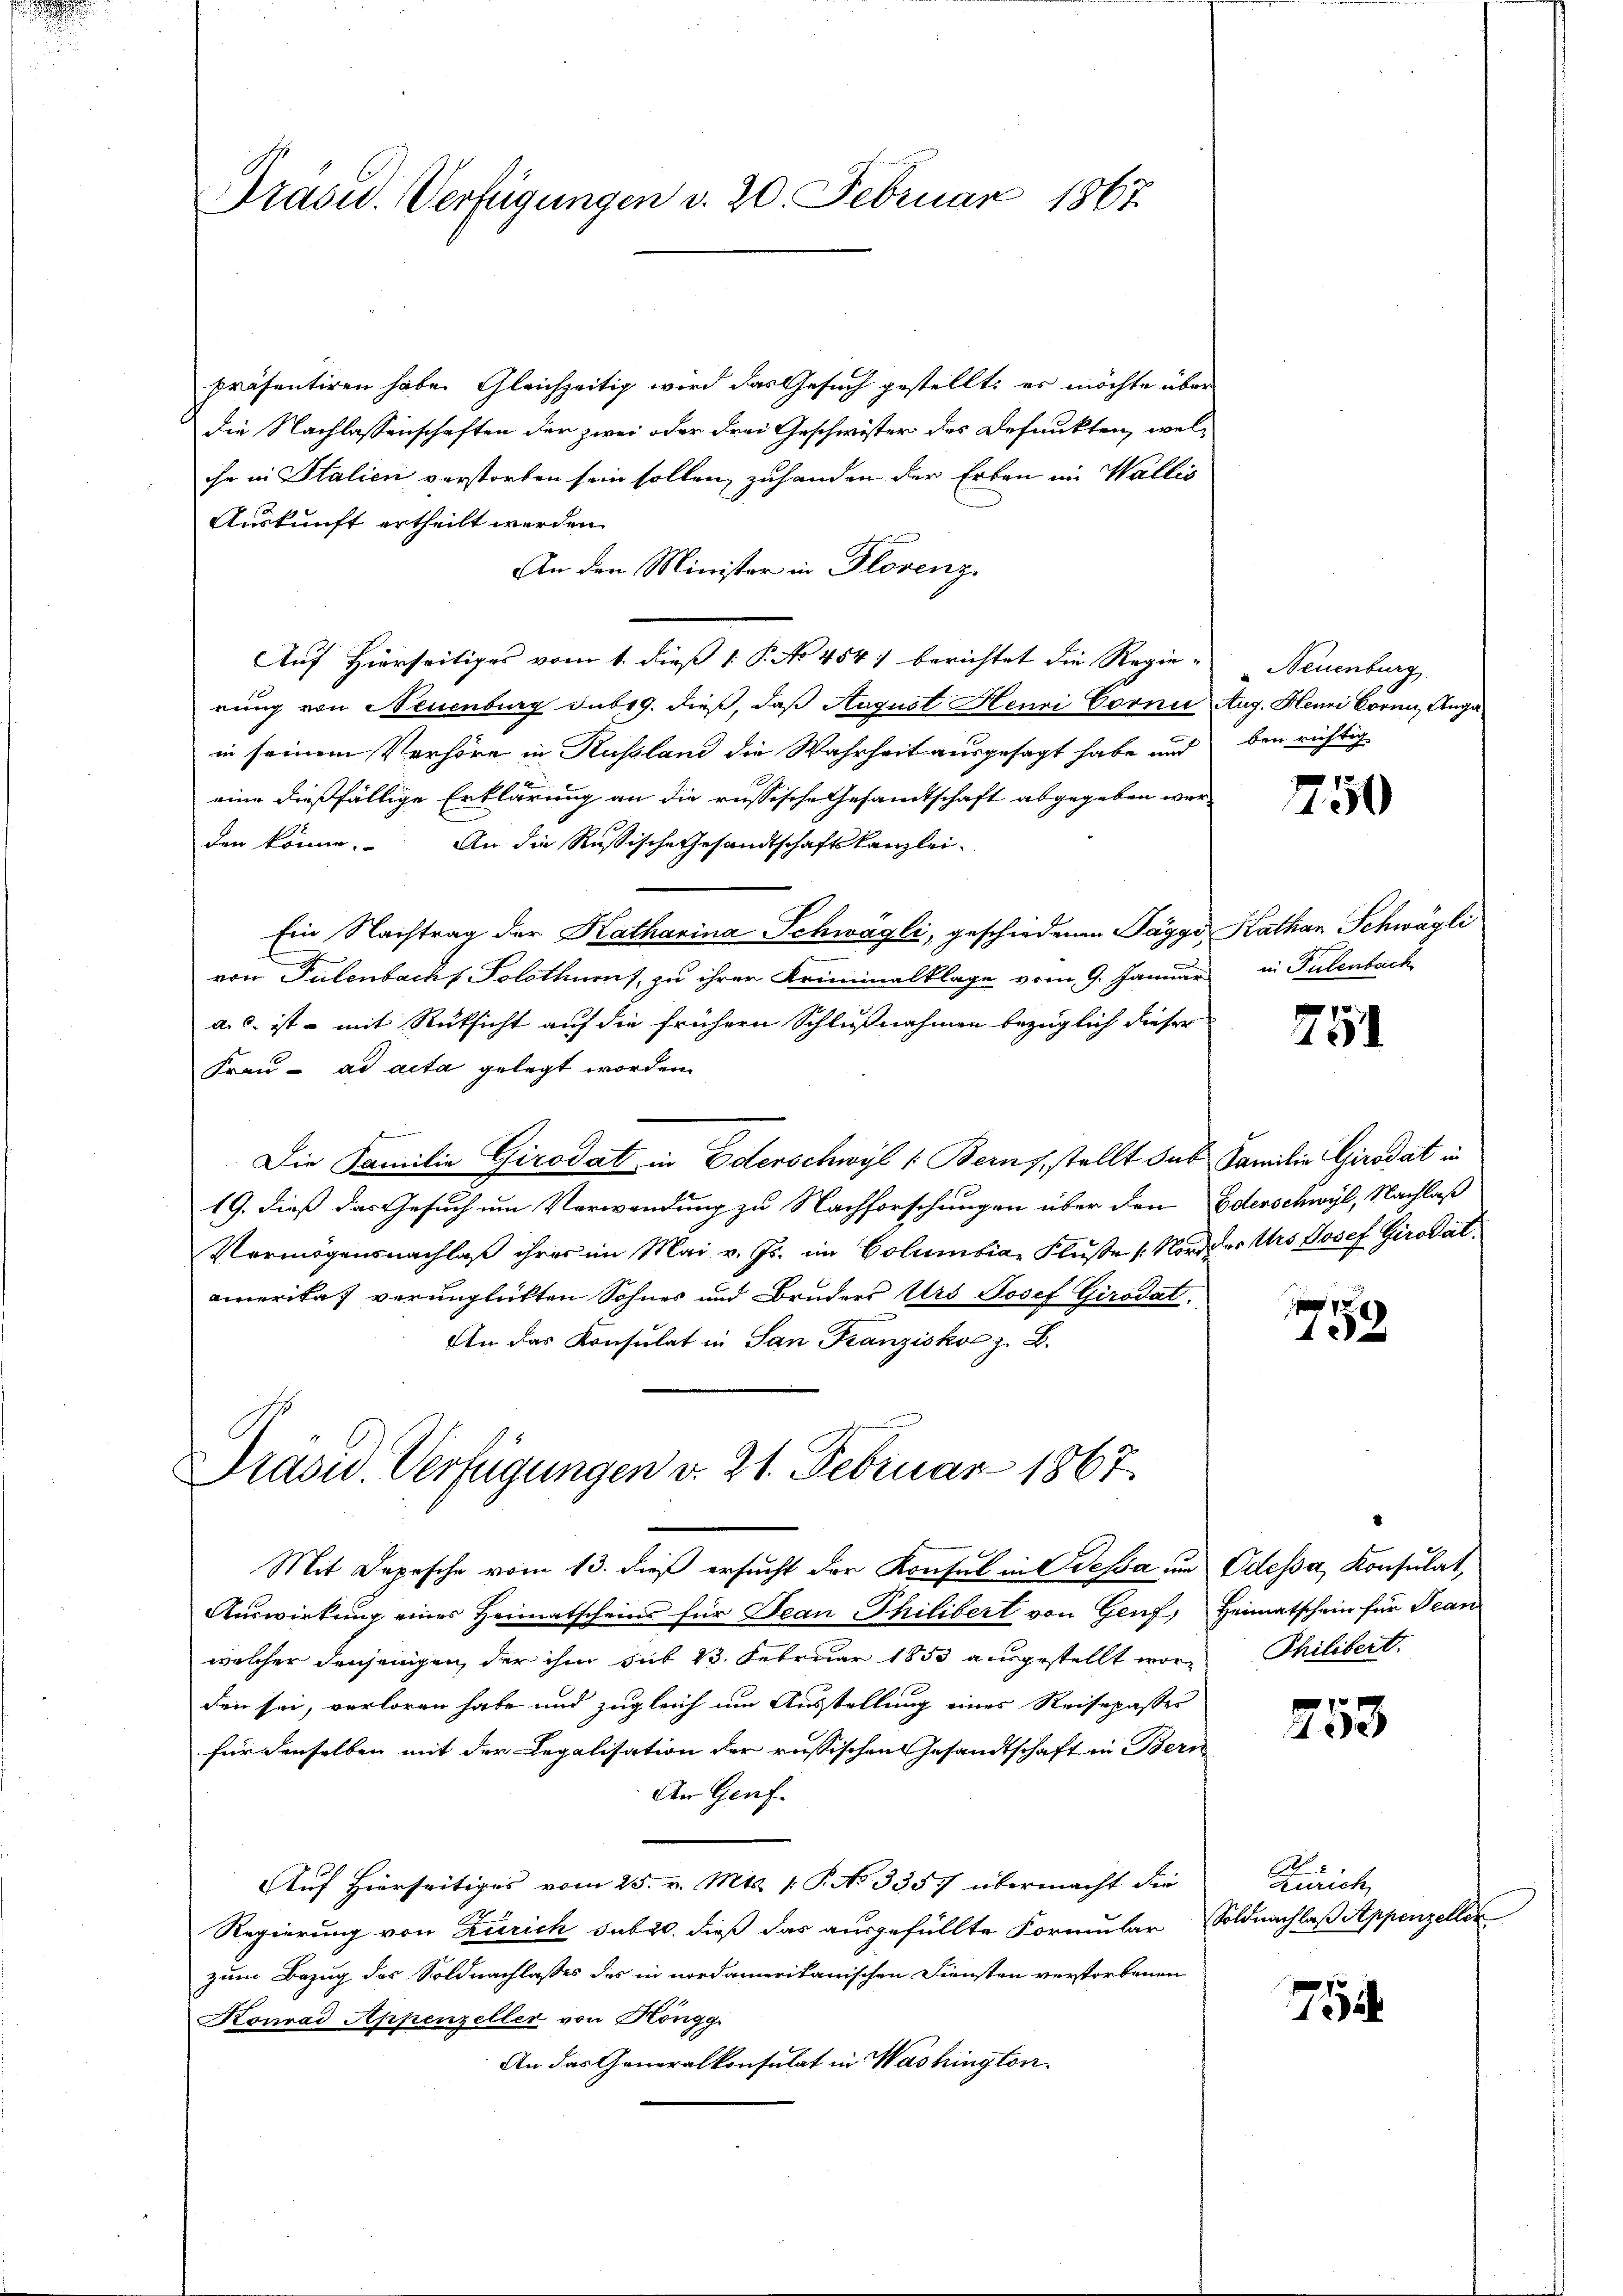
Präsid. Verfügungen d. 20. Februar 1867

präsentiren habe. Gleichzeitig wird das Gesuch gestellt; es möchte über
die Nachlassenschaften der zwei oder drei Geschwister des Defunkten, welihr in Italien, verstorben sein sollen, zuhanden der Erben im Wallis
Auskunft ertheilt werden.
An den Minister in Florenz.
Auf Hierseitiges vom 1. dieß 1 P. No 454) berichtet die Regie- Neuenburg
rung von Neuenburg sub 9. dieß, daß August Henri Cornić Aug. Henri Corni, Angain seinem Verhöre in Rußland die Wahrheit ausgesagt habe und bei richtig
eine dießfällige Erklärung an die russische Gesandtschaft abgegeben werden könne. An die Russische Gesandtschaftskanzlei-
Ein Nachtrag der Katharina Schwägli, geschiedenen Paggo Kathan Schwägli
von Tulenbach Solothurnt, zu ihrer Kriminalklage vom 9. Januar in Pulenbach
ais ist – mit Rüksicht auf die frühern Schlußnahmen bezüglich dieser
Frau - ad acta gelegt worden.
Die Familie Girodat in Ederschwyl (Berns, stellt sub Familie Girodat in
19. dieß das Gesuch um Verwendung zu Nachforschungen über den Edenschwyl, Nachlaß
Vermögensnachlaß ihres im Mai v. Js. im Columbia, Fluße (Nord der Urs Josef Girodat
amerikas verunglickten Sohnes und Bruders Urs Josef Girodat.
An das Konsulat in San Franziskoc z. B.
Präsid. Verfügungen v. 21. Februar 1867

Mit Depesche vom 13. dieß ersucht der Konsul in Besa und Odessa, Konsulat,
Auswirkung eines Heimatscheins für Jean Philibert von Genf, Heimatschein für Jean
welcher denjenigen, der ihm sub 23. Februar 1853 ausgestellt wor- Philibert.
den sei, verloren habe und zugleich um Ausstellung eines Reisepasser
für denselben mit der Legalisation der russischen Gesandtschaft in Bern
An Genf
Auf Hierseitiges vom 25. v. Mts. v. P. No 3357 übermacht die
Regierung von Zürich sub 20. dieß das ausgefüllte Formular Soldnachlaß Appenzeller
zum Bezug des Soldnachlasses des in nordamerikanischen Diensten verstorbenen
Konrad Appenzeller von Höngg.
An das Generalkonsulat in Washington.

7750

751

759

253

Zürich

758